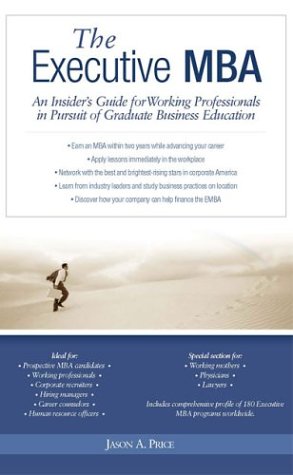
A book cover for Executive MBA: An Insider's Guide for Working Professionals in Pursuit of Graduate Business Education; Jason A. Price; Test Preparation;